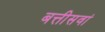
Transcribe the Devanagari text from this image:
बत्तीसवां